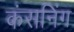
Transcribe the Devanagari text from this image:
कंसनिंग